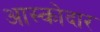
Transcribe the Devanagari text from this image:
आस्कोदार